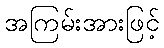
အကြမ်းအားဖြင့်